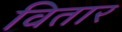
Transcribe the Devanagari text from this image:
वितार